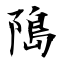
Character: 﨩